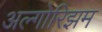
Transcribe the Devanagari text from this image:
अल्गोरिझम